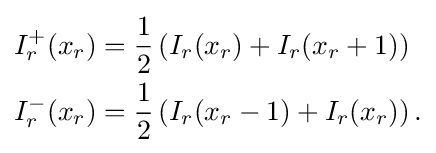
{\begin{aligned}I_{r}^{+}(x_{r})&={\frac {1}{2}}\left(I_{r}(x_{r})+I_{r}(x_{r}+1)\right)\\I_{r}^{-}(x_{r})&={\frac {1}{2}}\left(I_{r}(x_{r}-1)+I_{r}(x_{r})\right).\end{aligned}}